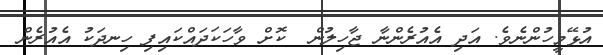
އުޅޭމީހުންނެވެ. އަދި އެއުރެންނާ ޖާހިލުން  ކޮށް ވާހަކަދައްކައިފި ހިނދަކު އެއުރެން